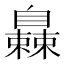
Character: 𬛰